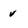
Character: v